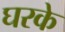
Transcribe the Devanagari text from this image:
घरके